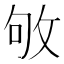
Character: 敂